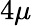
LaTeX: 4{\mu}